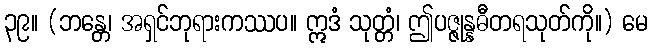
၃၉။ (ဘန္တေ၊ အရှင်ဘုရားကဿပ။ ဣဒံ သုတ္တံ၊ ဤပဇ္ဇုန္နဓီတရသုတ်ကို။) မေ